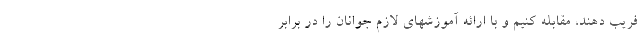
فریب دهند، مقابله کنیم و با ارائه آموزشهای لازم جوانان را در برابر